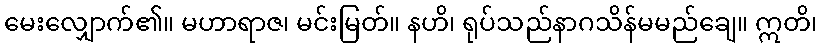
မေးလျှောက်၏။ မဟာရာဇ၊ မင်းမြတ်။ နဟိ၊ ရုပ်သည်နာဂသိန်မမည်ချေ။ ဣတိ၊